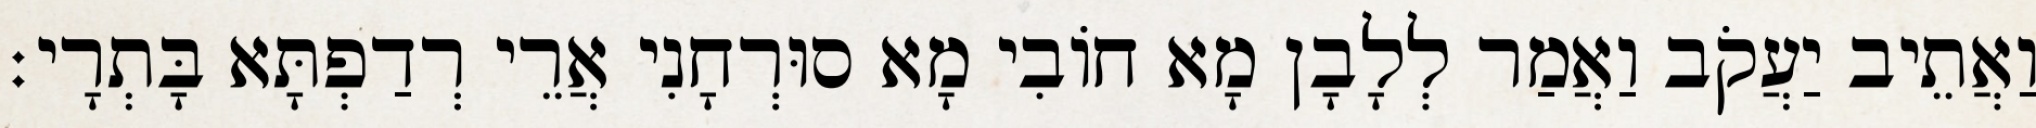
וַאֲתֵיב יַעֲקֹב וַאֲמַר לְלָבָן מָא חוֹבִי מָא סוּרְחָנִי אֲרֵי רְדַפְתָּא בָּתְרָי׃